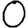
Digit: 0